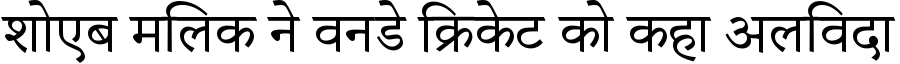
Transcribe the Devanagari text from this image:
शोएब मलिक ने वनडे क्रिकेट को कहा अलविदा